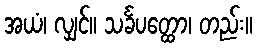
အယံ၊ လျှင်။ သင်္ခပတ္ထော၊ တည်း။